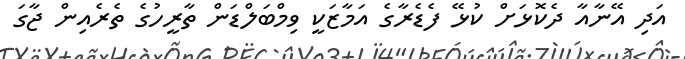
އަދި އޭނާއާ ދެކޮޅަށް ކުޅޭ ފެޑެރާގެ އަމާޒަކީ ވިމްބަލްޑަން ތާރީހުގެ ތެރެއިން ޖާގަ